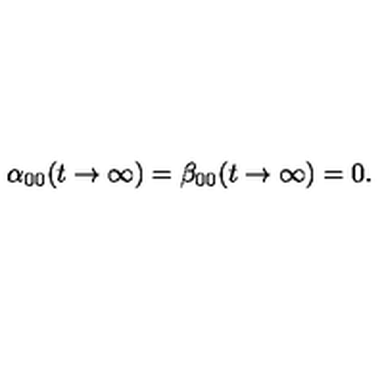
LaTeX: \alpha _ { 0 0 } ( t \to \infty ) = \beta _ { 0 0 } ( t \to \infty ) = 0 .